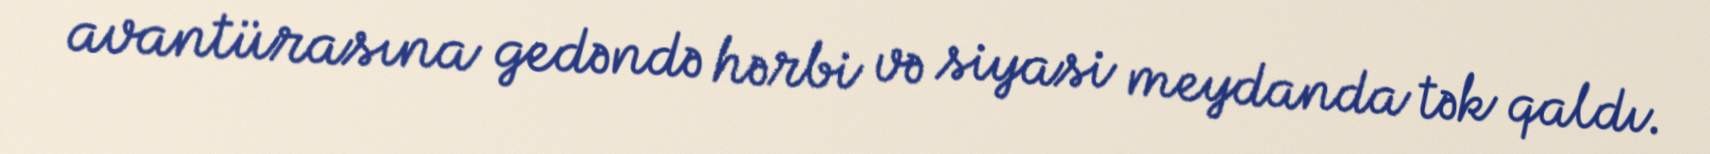
avantürasına gedəndə hərbi və siyasi meydanda tək qaldı.